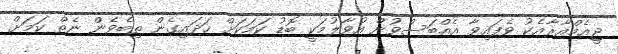
ޖީއެމްއާރާއެކު ވެފައިވާ އެއްބަސްވުން އުވާލުމަކީ ބޮޑު ކަމަކަށް ހަދައިގެން ތިބެވެން ނެތް ކަމަށް